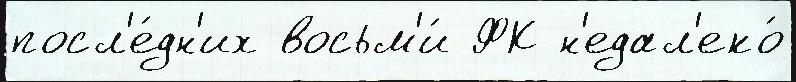
посл'е́дн'их восьм'и́ ФК н'едал'еко́